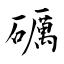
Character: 礪